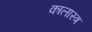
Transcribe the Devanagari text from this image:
कालास्त्र